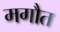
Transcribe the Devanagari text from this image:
मगौत